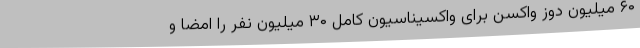
۶۰ میلیون دوز واکسن برای واکسیناسیون کامل ۳۰ میلیون نفر را امضا و